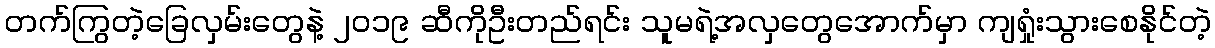
တက်ကြွတဲ့ခြေလှမ်းတွေနဲ့ ၂၀၁၉ ဆီကိုဦးတည်ရင်း သူမရဲ့အလှတွေအောက်မှာ ကျရှုံးသွားစေနိုင်တဲ့